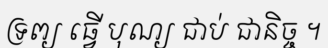
ទ្រព្យ ធ្វើ បុណ្យ ជាប់ ជានិច្ច ។